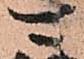
可